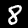
Label: 8